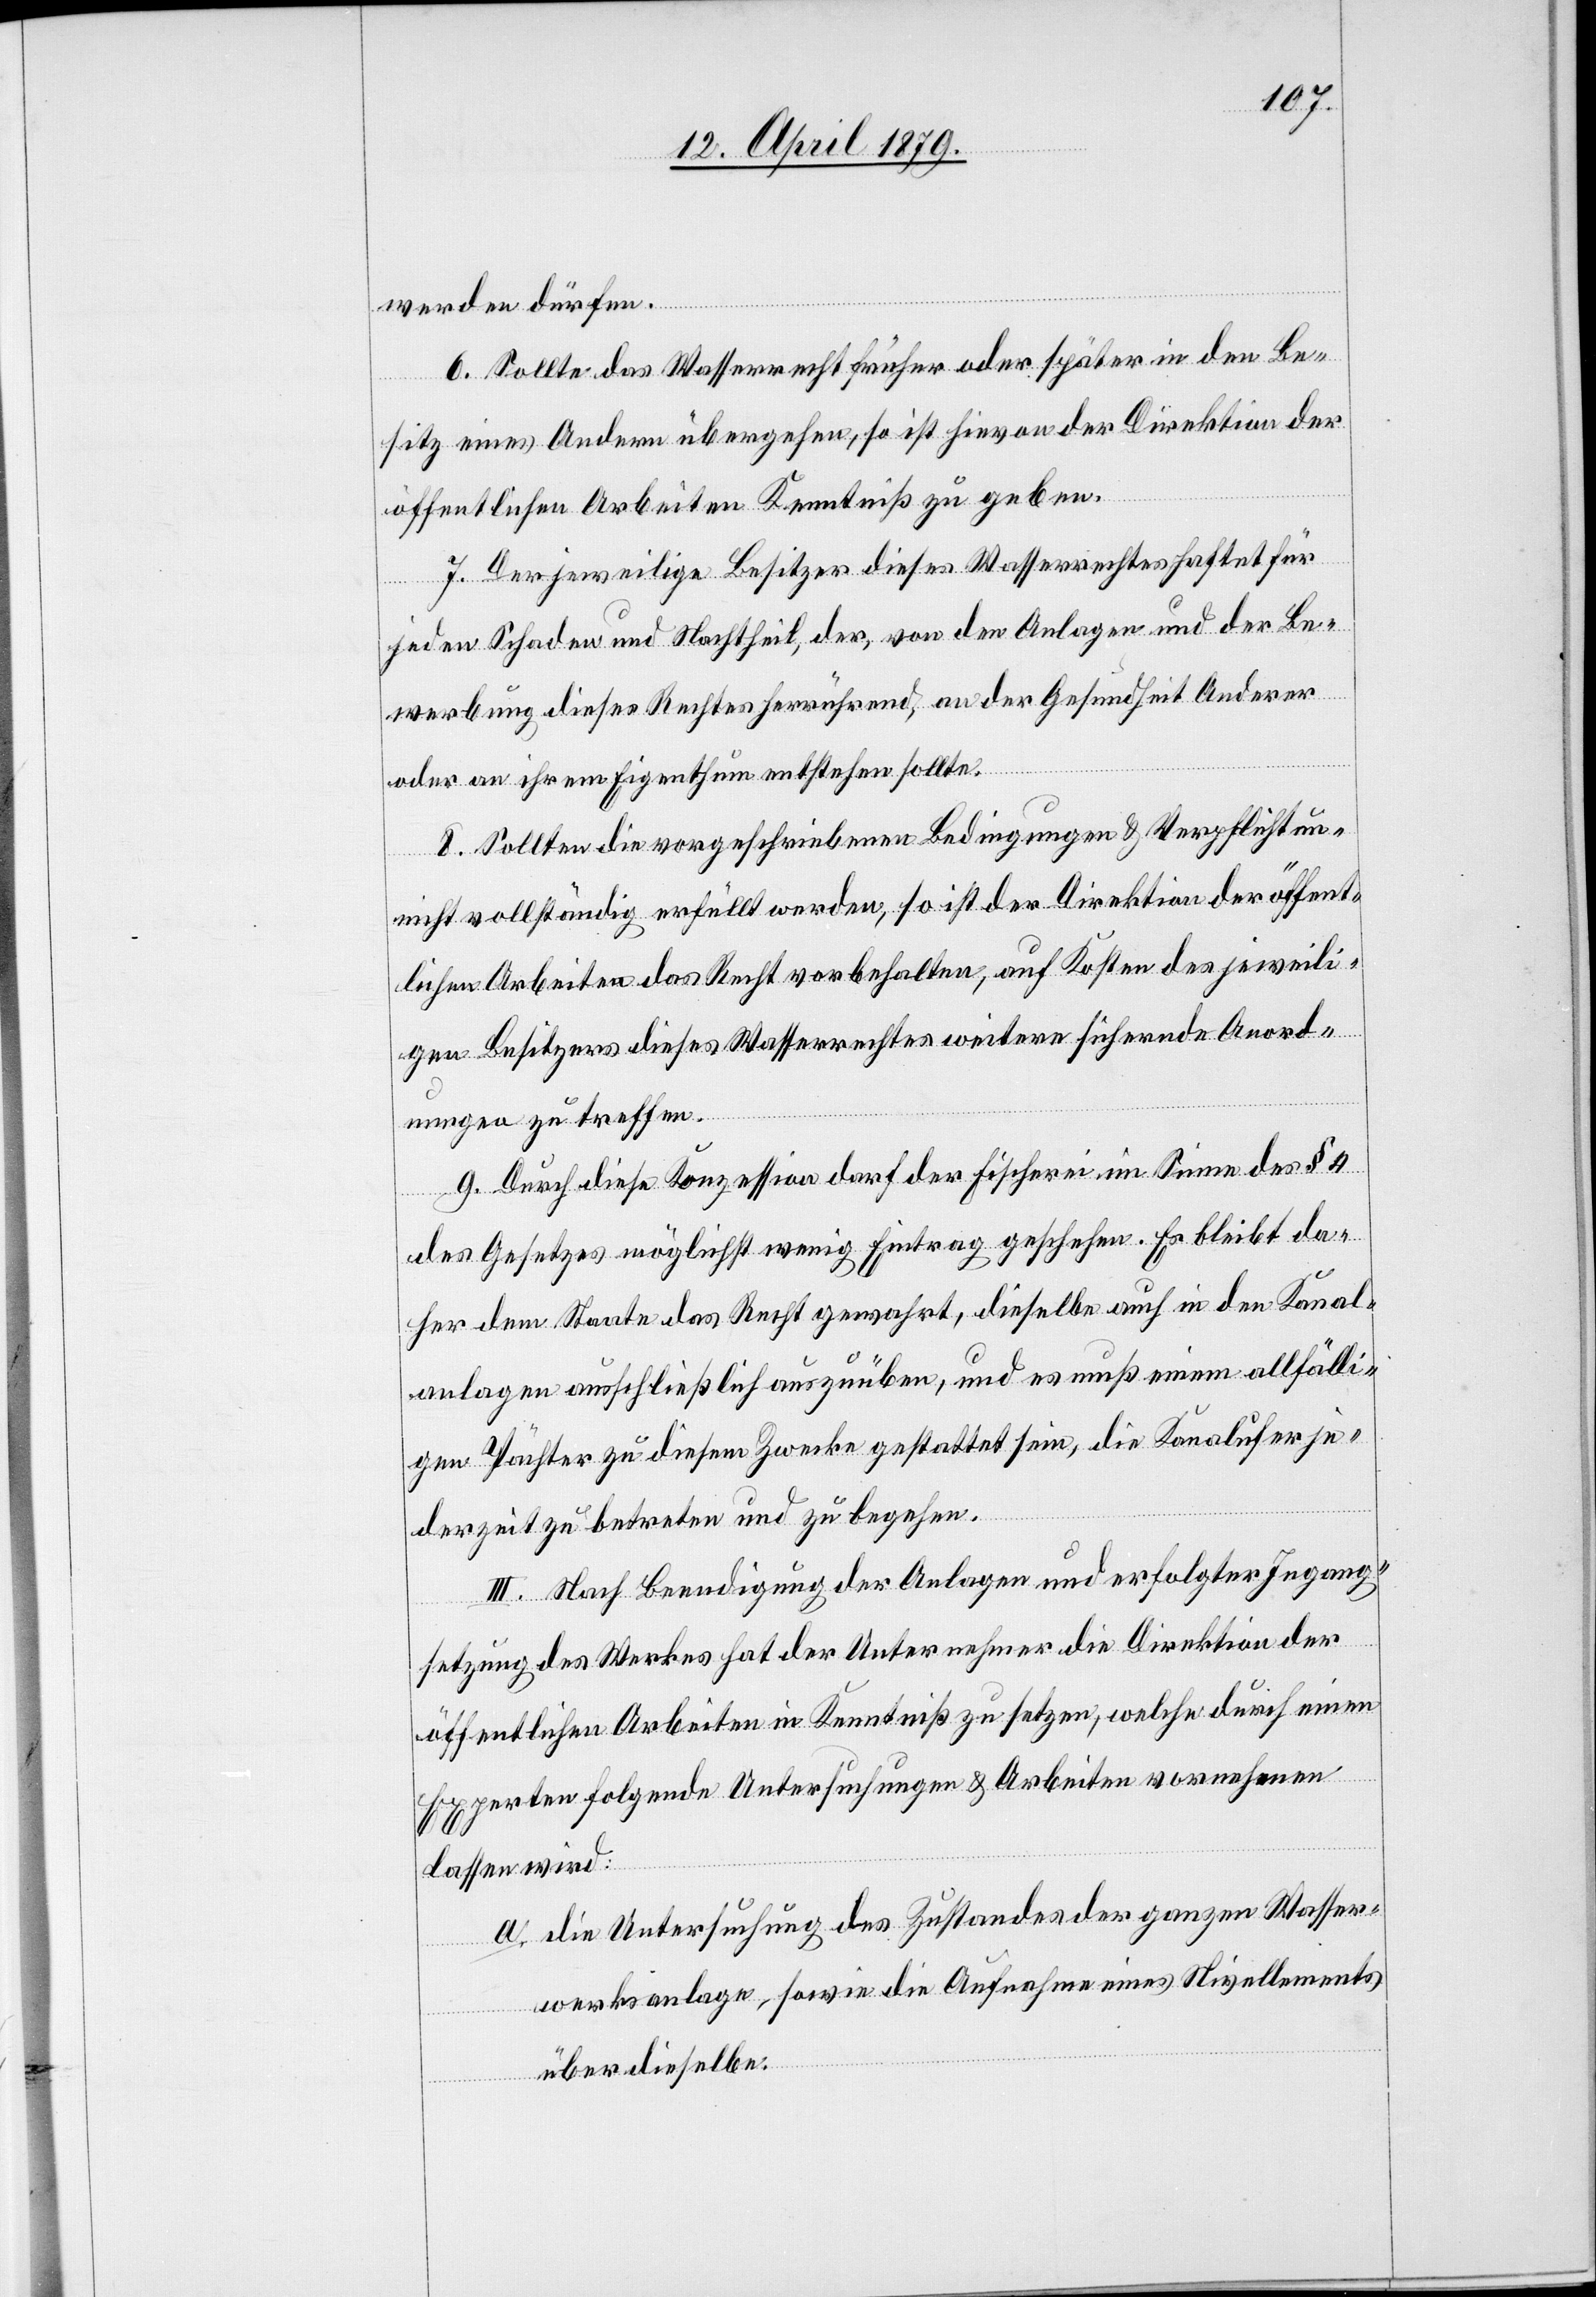
werden dürfen.
6. Sollte das Wasserrecht früher oder später in den Be¬
sitz eines Andern übergehen, so ist hievon der Direktion der
öffentlichen Arbeiten Kenntniß zu geben.
7. Der jeweilige Besitzer dieses Wasserrechtes haftet für
ge¬
jeden Schaden und Nachtheil, der, von den Anlagen und der Be¬
werbung dieses Rechtes herrührend, an der Gesundheit Anderer
oder an ihrem Eigenthum entstehen sollte.
8. Sollten die vorgeschriebenen Bedingungen & Verpflichtun¬
n vollständig erfüllt werden, so ist der Direktion der öffent¬
lichen Arbeiten das Recht vorbehalten, auf Kosten des jeweili¬
gen Besitzers dieses Wasserrechtes weitere sichernde Anord¬
nungen zu treffen.
9. Durch diese Konzession darf der Fischerei im Sinne des § 4
des Gesetzes möglichst wenig Eintrag geschehen. Es bleibt da¬
her dem Staate das Recht gewahrt, dieselbe auch in den Kanal¬
anlagen ausschließlich auszuüben, und es muß einem allfälli¬
gen Pächter zu diesem Zwecke gestattet sein, die Kanalufer je¬
derzeit zu betreten und zu begehen.
III. Nach Beendigung der Anlagen und erfolgter Ingang¬
setzung des Werkes hat der Unternehmer die Direktion der
öffentlichen Arbeiten in Kenntniß zu setzen, welche durch einen
Experten folgende Untersuchungen & Arbeiten vornehmen
lassen wird:
a. die Untersuchung des Zustandes der ganzen Wasser¬
werksanlage, sowie die Aufnahme eines Nivellements
über dieselbe.